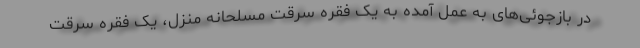
در بازجوئی‌های به عمل آمده به یک فقره سرقت مسلحانه منزل، یک فقره سرقت